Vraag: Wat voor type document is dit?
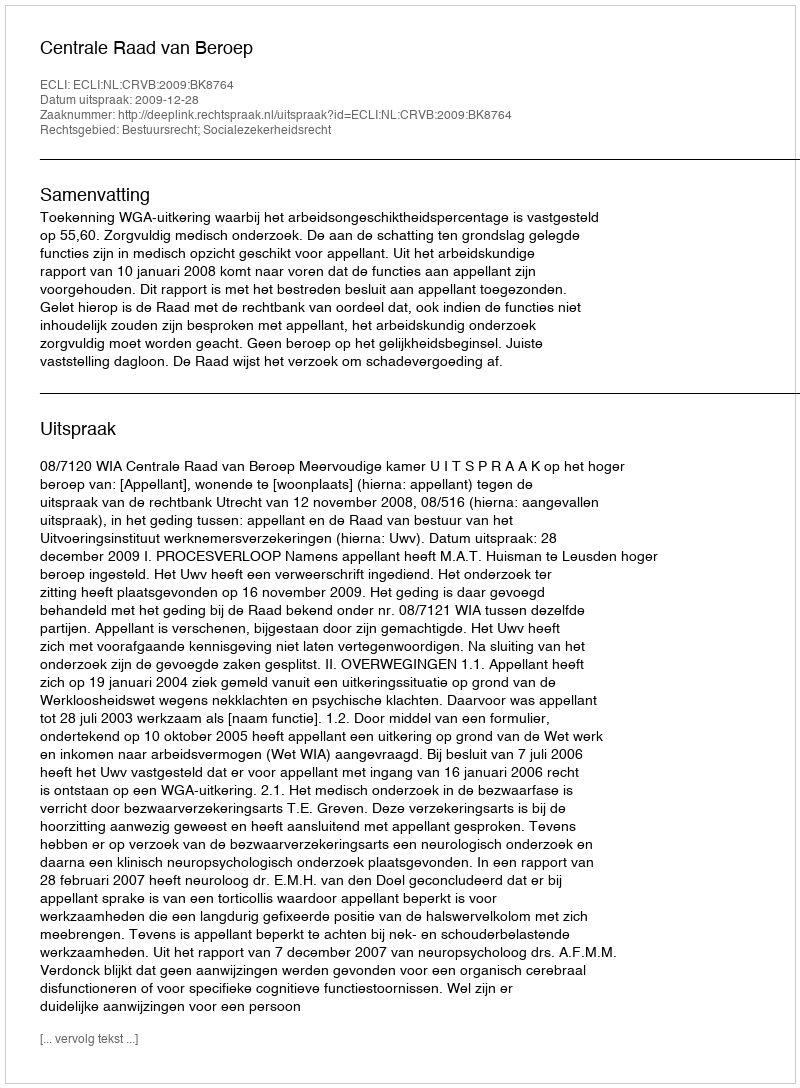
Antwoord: Uitspraak